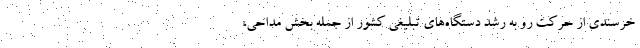
خرسندی از حرکت رو به رشد دستگاه‌های تبلیغی کشور از جمله بخش مداحی،